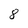
Character: 8